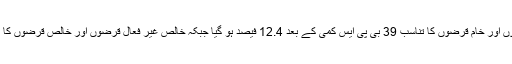
تاہم، خام قرضوں (4.7 فیصد) میں تناسب سے زیادہ اضافے کے باعث غیر فعال قرضوں اور خام قرضوں کا تناسب 39 بی پی ایس کمی کے بعد 12.4 فیصد ہو گیا جبکہ خالص غیر فعال قرضوں اور خالص قرضوں کا تناسب اپریل تا جون 2015ء کے دوران 18 بی پی ایس کمی کے بعد 2.7 فیصدہو گیا۔